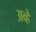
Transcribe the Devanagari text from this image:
अव्हे